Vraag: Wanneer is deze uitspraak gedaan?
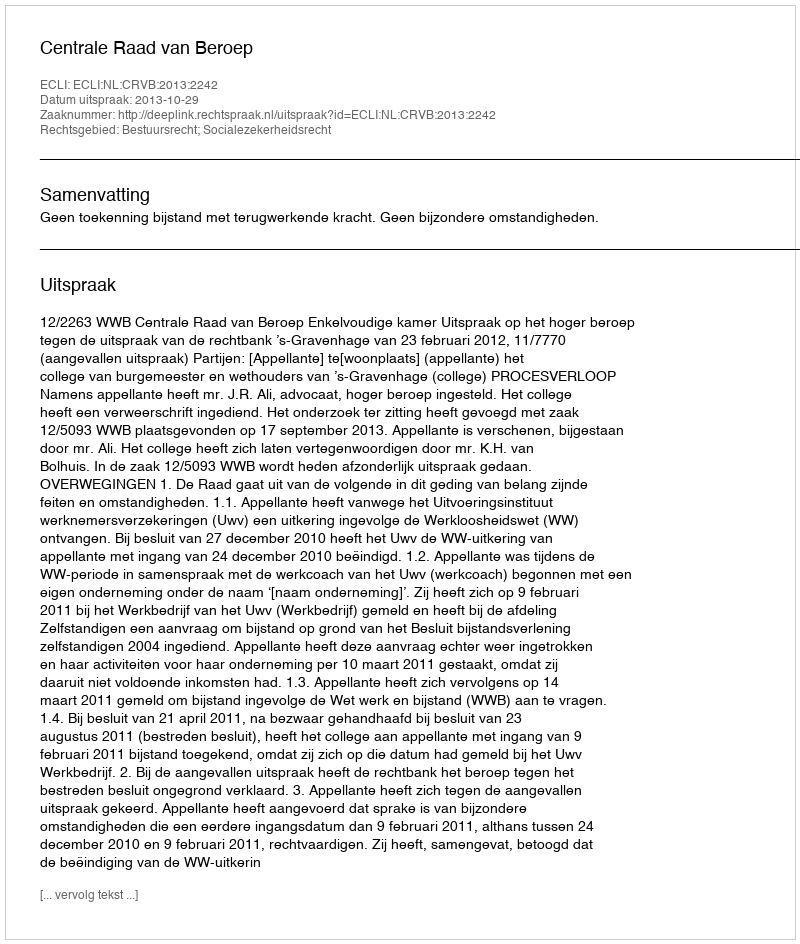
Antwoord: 2013-10-29